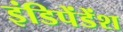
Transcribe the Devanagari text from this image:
इंडिपेंडेंश